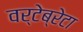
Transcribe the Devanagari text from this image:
वर्टेब्रेटा